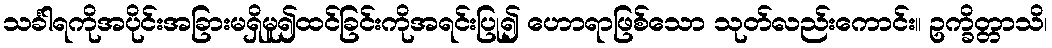
သင်္ခါရကိုအပိုင်းအခြားမရှိမူ၍ထင်ခြင်းကိုအရင်းပြု၍ ဟောရာဖြစ်သော သုတ်လည်းကောင်း။ ဥက္ခိတ္တာသိ၊